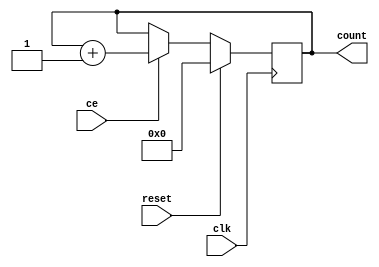
/*
 * BCH Encode/Decoder Modules
 *
 * Copyright 2014 - Russ Dill <russ.dill@asu.edu>
 * Distributed under 2-clause BSD license as contained in COPYING file.
 */
`timescale 1ns / 1ps

module counter #(
	parameter MAX = 15,
	parameter START = 0,
	parameter signed INC = 1
) (
	input clk,
	input reset,
	input ce,
	output reg [$clog2(MAX+1)-1:0] count = START
);
	localparam TCQ = 1;

	always @(posedge clk)
		if (reset)
			count <= #TCQ START;
		else if (ce)
			count <= #TCQ count + INC;
endmodule

module pipeline_ce_reset #(
	parameter STAGES = 0
) (
	input clk,
	input ce,
	input reset,
	input i,
	output o
);
	localparam TCQ = 1;
	if (!STAGES)
		assign o = i;
	else begin
		reg [STAGES-1:0] pipeline = 0;
		assign o = pipeline[STAGES-1];
		always @(posedge clk)
			if (reset)
				pipeline <= #TCQ pipeline << 1;
			else if (ce)
				pipeline <= #TCQ (pipeline << 1) | i;
	end
endmodule

module pipeline_ce #(
	parameter STAGES = 0
) (
	input clk,
	input ce,
	input i,
	output o
);
	pipeline_ce_reset #(STAGES) u_ce(clk, ce, 1'b0, i, o);
endmodule

module pipeline_reset #(
	parameter STAGES = 0
) (
	input clk,
	input reset,
	input i,
	output o
);
	pipeline_ce_reset #(STAGES) u_ce(clk, 1'b1, reset, i, o);
endmodule

module pipeline #(
	parameter STAGES = 0
) (
	input clk,
	input i,
	output o
);
	pipeline_ce_reset #(STAGES) u_ce(clk, 1'b1, 1'b0, i, o);
endmodule

module reverse_words #(
	parameter M = 4,
	parameter WORDS = 1
) (
	input [M*WORDS-1:0] in,
	output [M*WORDS-1:0] out
);
	genvar i;
	for (i = 0; i < WORDS; i = i + 1) begin : REV
		assign out[i*M+:M] = in[(WORDS-i-1)*M+:M];
	end
endmodule

module rotate_right #(
	parameter M = 4,
	parameter S = 0
) (
	input [M-1:0] in,
	output [M-1:0] out
);
	wire [M*2-1:0] in2 = {in, in};
	assign out = in2[S%M+:M];
endmodule

module rotate_left #(
	parameter M = 4,
	parameter S = 0
) (
	input [M-1:0] in,
	output [M-1:0] out
);
	wire [M*2-1:0] in2 = {in, in};
	assign out = in2[M-(S%M)+:M];
endmodule

module mux_one #(
	parameter WIDTH = 2,
	parameter WIDTH_SZ = $clog2(WIDTH+1)
) (
	input [WIDTH-1:0] in,
	input [WIDTH_SZ-1:0] sel,
	output out
);
	assign out = in[sel];
endmodule

module mux_shuffle #(
	parameter U = 2,
	parameter V = 2
) (
	input [U*V-1:0] in,
	output [V*U-1:0] out
);
	genvar u, v;
	generate
	for (u = 0; u < U; u = u + 1) begin : _U
		for (v = 0; v < V; v = v + 1) begin : _V
			assign out[v*U+u] = in[u*V+v];
		end
	end
	endgenerate
endmodule

module mux #(
	parameter WIDTH = 2,
	parameter BITS = 1,
	parameter WIDTH_SZ = $clog2(WIDTH+1)
) (
	input [BITS*WIDTH-1:0] in,
	input [WIDTH_SZ-1:0] sel,
	output [BITS-1:0] out
);
	wire [WIDTH*BITS-1:0] shuffled;
	mux_shuffle #(WIDTH, BITS) u_mux_shuffle(in, shuffled);
	mux_one #(WIDTH) u_mux_one [BITS-1:0] (shuffled, sel, out);
endmodule